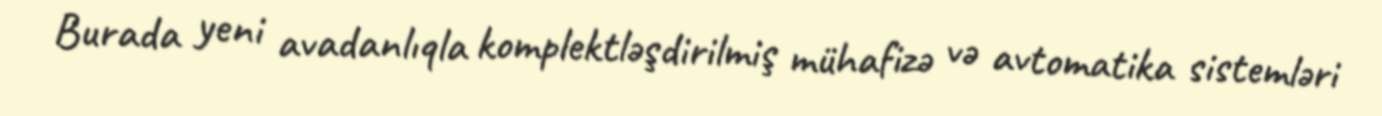
Burada yeni avadanlıqla komplektləşdirilmiş mühafizə və avtomatika sistemləri